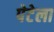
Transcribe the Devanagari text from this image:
पेटेला